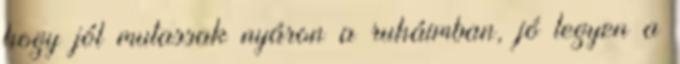
hogy jól mutassak nyáron a ruháimban, jó legyen a